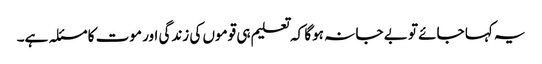
یہ کہا جائے تو بے جا نہ ہوگا کہ تعلیم ہی قوموں کی زندگی اور موت کا مسئلہ ہے۔